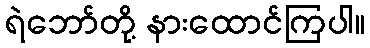
ရဲဘော်တို့ နားထောင်ကြပါ။